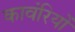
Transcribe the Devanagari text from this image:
कावंरियों